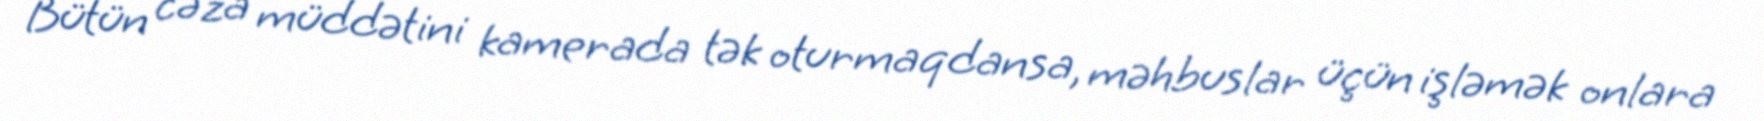
Bütün cəza müddətini kamerada tək oturmaqdansa, məhbuslar üçün işləmək onlara